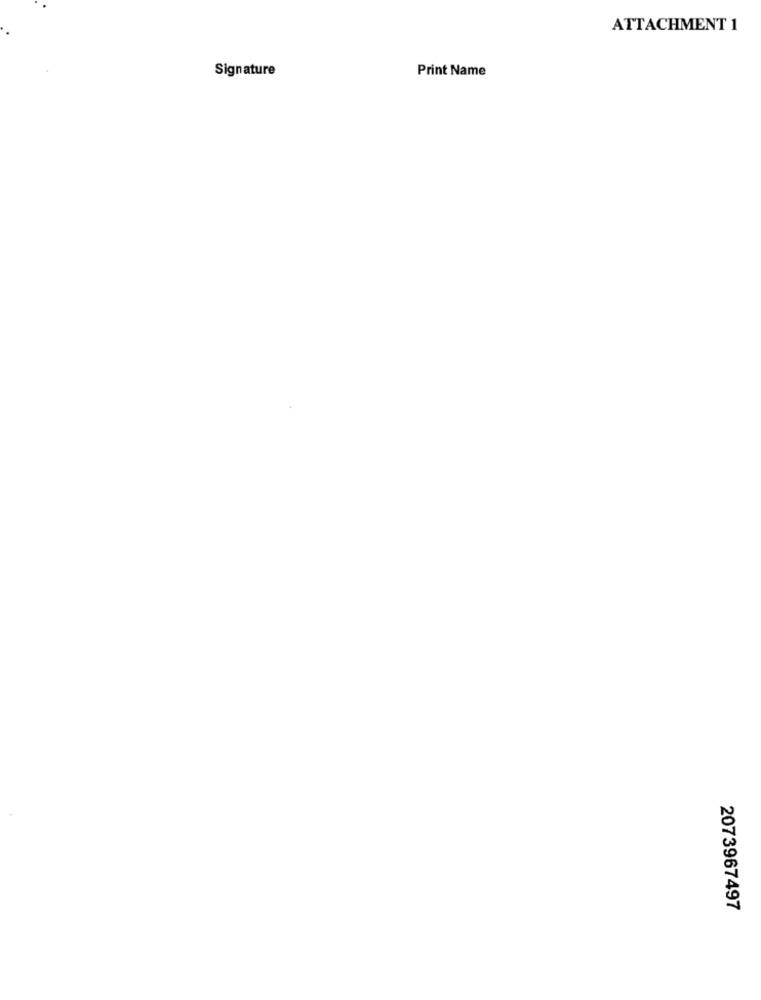
ATTACHMENT 1
Signature
Print Name
2073967497